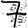
Digit: 7